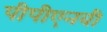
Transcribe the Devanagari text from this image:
पीपीएनबी